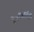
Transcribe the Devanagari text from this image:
पुननिर्मित